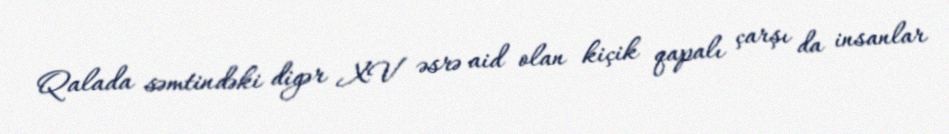
Qalada səmtindəki digər XV əsrə aid olan kiçik qapalı çarşı da insanlar